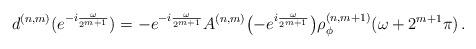
LaTeX: \begin{align*} d^{(n,m)}(e^{-i\frac{\omega}{2^{m+1}}}) = - e^{-i\frac{\omega}{2^{m+1}}}A^{(n,m)}\bigl(- e^{i\frac{\omega}{2^{m+1}}} \bigr) \rho_\phi^{(n,m+1)}(\omega+2^{m+1}\pi)\,. \end{align*}